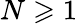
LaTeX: N\geqslant 1